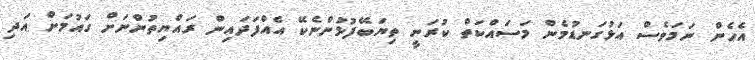
އެހެން ނަމަވެސް އަޅުގަނޑުމެން މަސައްކަތް ކުރަނީ ތިޔަބޭފުޅުންނެކޭ އެއްފަދައިން ރައްޔިތުންނަށް ގައުމަށް އަދި